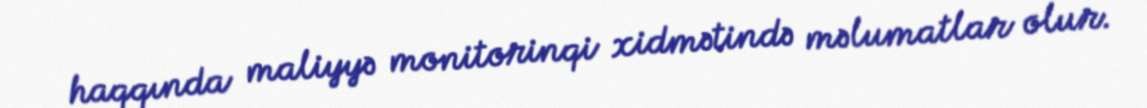
haqqında maliyyə monitorinqi xidmətində məlumatlar olur.